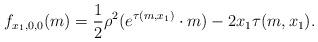
LaTeX: \begin{align*}f_{x_1,0,0}(m) = \frac{1}{2}\rho^2(e^{\tau(m,x_1)}\cdot m) - 2x_1\tau(m,x_1).\end{align*}